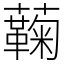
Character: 蘜